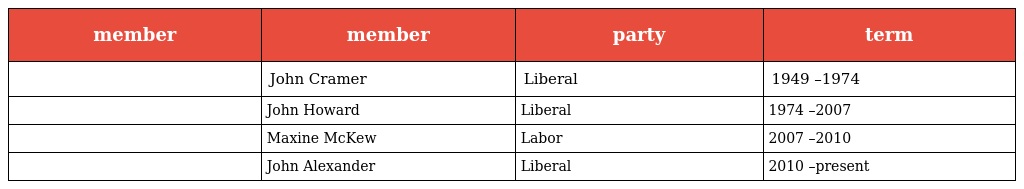
| member | member | party | term |
 | --- | --- | --- | --- |
 |  | John Cramer | Liberal | 1949 –1974 |
 |  | John Howard | Liberal | 1974 –2007 |
 |  | Maxine McKew | Labor | 2007 –2010 |
 |  | John Alexander | Liberal | 2010 –present |